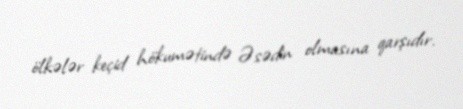
ölkələr keçid hökumətində Əsədin olmasına qarşıdır.